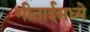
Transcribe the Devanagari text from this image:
गीताईमध्ये